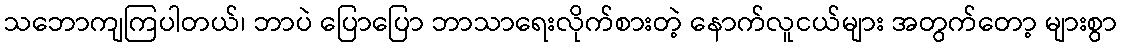
သဘောကျကြပါတယ်၊ ဘာပဲ ပြောပြော ဘာသာရေးလိုက်စားတဲ့ နောက်လူငယ်များ အတွက်တော့ များစွာ